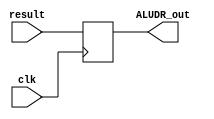
`timescale 1ns / 1ps
//////////////////////////////////////////////////////////////////////////////////
// Company: 
// Engineer: 
// 
// Design Name: 
// Module Name: ALUoutDR
// Project Name: 
// Target Devices: 
// Tool Versions: 
// Description: 
// 
// Dependencies: 
// 
// Revision:
// Revision 0.01 - File Created
// Additional Comments:
// 
//////////////////////////////////////////////////////////////////////////////////


module ALUoutDR(
    input [31:0] result,
    input clk,
    output reg [31:0] ALUDR_out
    );
    
    always@ (posedge clk) begin
        ALUDR_out = result;
    end
    
endmodule